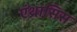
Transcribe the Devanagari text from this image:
एंथ्रासिस